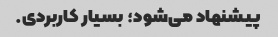
پیشنهاد می‌شود؛ بسیار کاربردی.